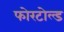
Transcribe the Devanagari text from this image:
फोरटोल्‍ड